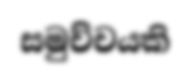
සමුච්චයකි